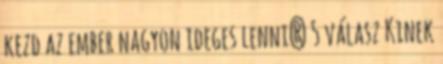
kezd az ember nagyon ideges lenni? 5 válasz Kinek